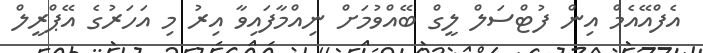
އެފްއޭއެމް އިން ފުޓްސަލް ލީގް ބޭއްވުމަށް ނިއްމާފައިވާ އިރު މި އަހަރުގެ އޭޕްރީލް